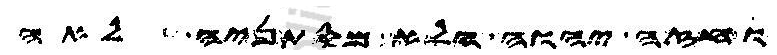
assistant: וחזה יהוה הלא מסתניה לאה